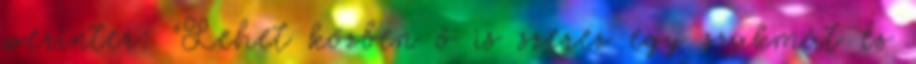
werinter: "Lehet közben ő is szerez egy szakmát és